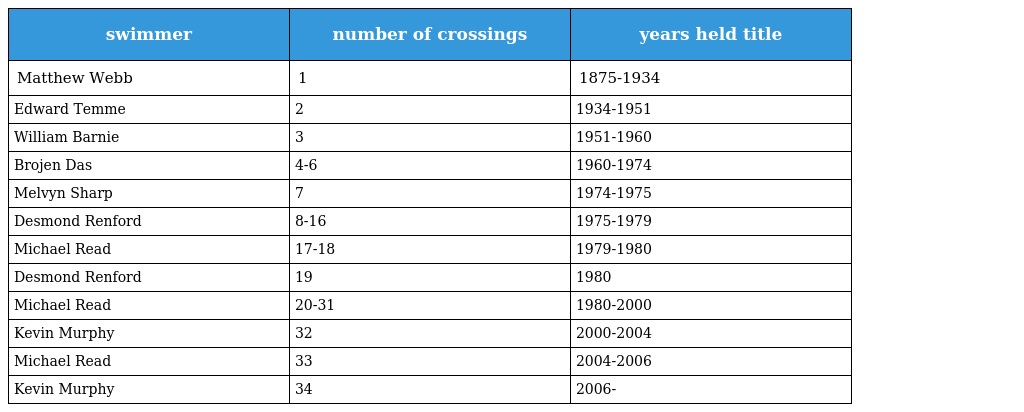
| swimmer | number of crossings | years held title |
 | --- | --- | --- |
 | Matthew Webb | 1 | 1875-1934 |
 | Edward Temme | 2 | 1934-1951 |
 | William Barnie | 3 | 1951-1960 |
 | Brojen Das | 4-6 | 1960-1974 |
 | Melvyn Sharp | 7 | 1974-1975 |
 | Desmond Renford | 8-16 | 1975-1979 |
 | Michael Read | 17-18 | 1979-1980 |
 | Desmond Renford | 19 | 1980 |
 | Michael Read | 20-31 | 1980-2000 |
 | Kevin Murphy | 32 | 2000-2004 |
 | Michael Read | 33 | 2004-2006 |
 | Kevin Murphy | 34 | 2006- |